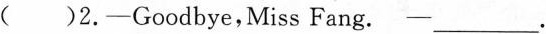
()2.—Goodbye,Miss Fang.—___.